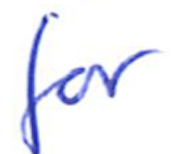
Text: for
Cross-out: clean
Writing tool: ballpoint